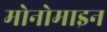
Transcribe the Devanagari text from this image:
मोनोमाइन